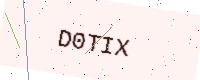
Text: D0TIX